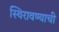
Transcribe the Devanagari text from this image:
स्थिरावण्याची